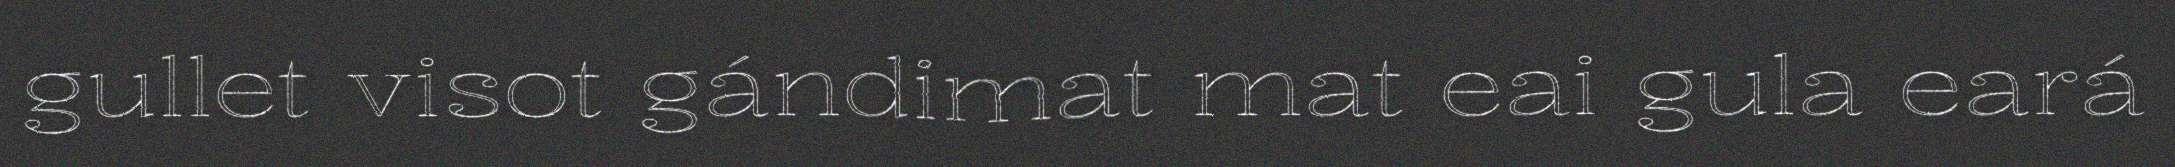
gullet visot gándimat mat eai gula eará